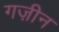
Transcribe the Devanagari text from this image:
गज़ीन